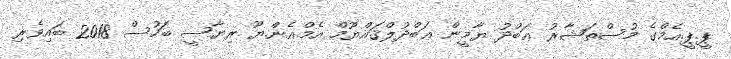
ޕީ.ޕީ.އެމްގެ މުސްތަޝާރު ޢަބްދު ޔާމީން ޢަބްދުލްޤައްޔޫމް އެމް.އެން.ޔޫ ރިޔާސީ ބަހުސް 2018 ބައިވެރި